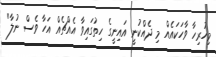
މިހުރިހާ ވާހަކައެއް މި ދެއްކުނީ އައިނީގެ ހިތުގައިވާ އެއްޗެއް އަހާ ވެސް ނުލާ"